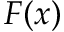
F ( x )